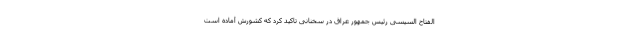
الفتاح السیسی رئیس جمهور عراق در سخنانی تاکید کرد که کشورش آماده است